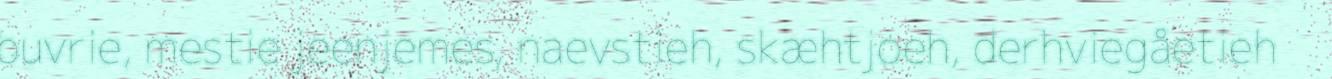
buvrie, mestie jeenjemes, naevstieh, skæhtjoeh, derhviegåetieh